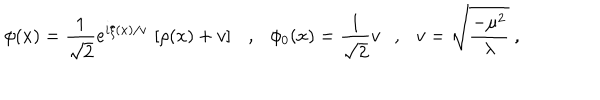
\phi ( x ) = \frac { 1 } { \sqrt { 2 } } e ^ { i \xi ( x ) / v } \, \left[ \rho ( x ) + v \right] \ \ \ , \ \ \ \phi _ { 0 } ( x ) = \frac { 1 } { \sqrt { 2 } } v \ \ \ , \ \ \ v = \sqrt { \frac { - \mu ^ { 2 } } { \lambda } } \ ,